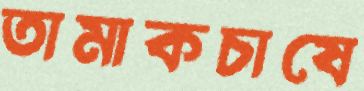
তামাকচাষে